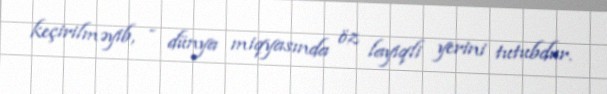
keçirilməyib, - dünya miqyasında öz layiqli yerini tutubdur.